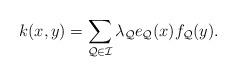
LaTeX: \begin{align*}k(x,y)=\sum_{\mathcal{Q}\in \mathcal{I}} \lambda_\mathcal{Q} e_\mathcal{Q}(x)f_\mathcal{Q}(y).\end{align*}